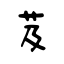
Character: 芨